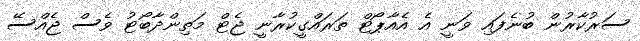
ސަރުކާރުން ބުނެފައި ވަނީ އެ އެއާޕޯޓް ތަރައްގީކުރާނީ ޖެޓް މަތިންދާބޯޓު ވެސް ޖެއްސޭ